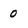
Character: 0